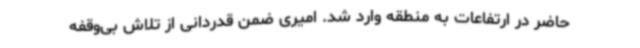
حاضر در ارتفاعات به منطقه وارد شد. امیری ضمن قدردانی از تلاش بی‌وقفه